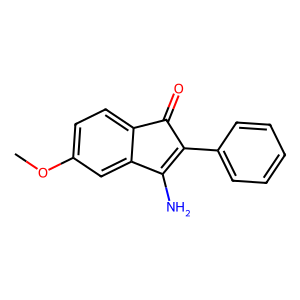
SMILES: COc1ccc2c(c1)C(N)=C(c1ccccc1)C2=O
Inhibits HIV replication: No